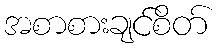
အစာစားချင်စိတ်